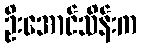
ဦးအောင်သိန်းက